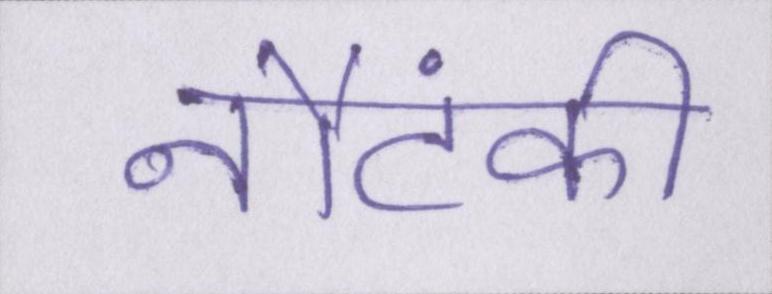
नौटंकी